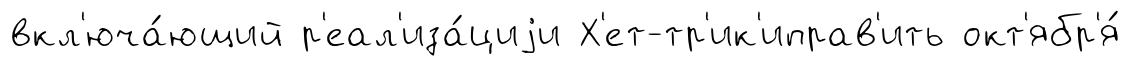
вкл'юча́ющий р'еал'иза́циjи Х'ет-тр'ик'иправ'ить окт'ябр'я́